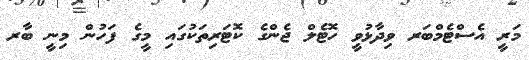
މަރީ އެސްޓެމްބަރ ވިދާޅުވީ ހޮޓެލް ޖެންގެ ކޮޓަރިތަކުގައި މީގެ ފަހުން މިނީ ބާރ